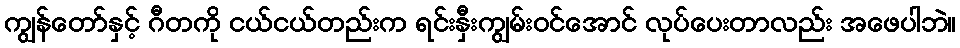
ကျွန်တော်နှင့် ဂီတကို ငယ်ငယ်တည်းက ရင်းနှီးကျွမ်းဝင်အောင် လုပ်ပေးတာလည်း အဖေပါဘဲ။